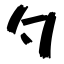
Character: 勺